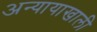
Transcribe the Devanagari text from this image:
अन्यायाखाली